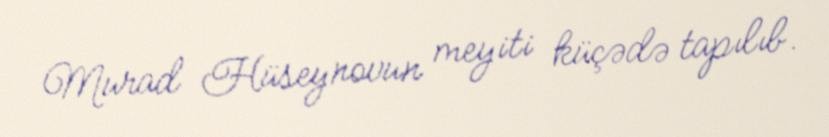
Murad Hüseynovun meyiti küçədə tapılıb.